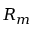
R _ { m }